Indian Medical Review
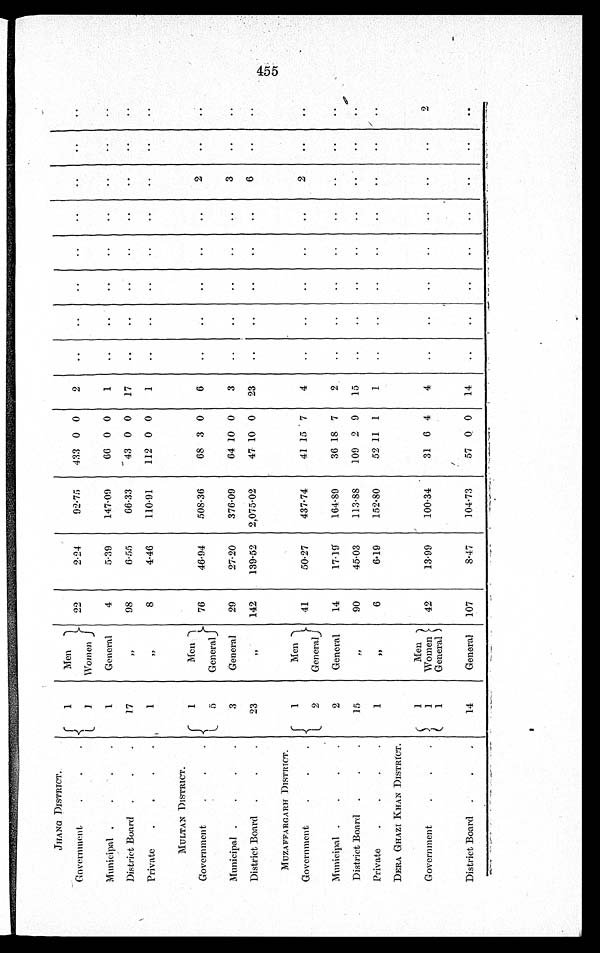
JHANG DISTRICT.
Government
. . .
1
1
Men
Women
22
2.24
92.75
433 0 0
2
..
..
..
..
..
..
..
..
Municipal .
.
.
.
1.
General
4
5.39
147.09
66 0 0
1
..
..
..
..
..
..
..
. .
District Board
.
.
.
17
„
98
6.55
66.33
43 0 0
17
..
..
..
..
..
. .
. .
..
Private
.
.
.
.
1
•
8
4.46
110.91
112 0 0
1
..
. .
..
..
..
..
. .
MULTAN DISTRICT.
Government
. . .
1
5
Men
General
76
46.94
508.36
68 3 0
6
..
..
..
..
..
2
..
..
Municipal .
.
.
.
3
General
29
27.20
376.09
64 10 0
3
..
..
..
.. .
. .
3
..
..
District Board
.
.
.
2 3
„
142
139.52
2,075.02
47 10 0
23
..
...
..
..
..
6
..
..
MUZAFFARGARH DISTRICT.
.
Government
.
.
.
1
2
M e n
General
41
50.27
437.74
41 15 7
4
..
..
..
..
..
2
. .
. .
Mun icipal .
.
.
.
2
General
14
17.19
164.89
36 18 7
2
..
..
..
..
..
..
..
. .
District Board
.
.
.
15
„ „ „ „ „ „ „ „ „
90
45.03
113.88
109 2 9
15
..
..
..
. .
..
. .
. .
..
Private
.
.
.
.
1
„
6
6.19
152.80
52 11 1
1
..
..
..
..
..
..
..
..
DERA GHAZI KHAN DISTRICT.
Government
.
.
.
1
1
1
Men
Women
General
42
13.99
100.34
31 6 4
4
..
..
..
..
..
..
..
2
District Board
.
.
.
14
General
107
8.47
104.73
57 0 0
14
..
..
..
..
..
..
..
..